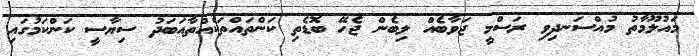
މައުލޫމާތު މުއްސަނދިވި ރަސްމީ ޖަވާބެއް ލިބެން ޖެހޭ ބޮޑެތި ކަންތައްތަކެއްތާއަބަދު ސިޔާސީ ކަންކަމުގައި